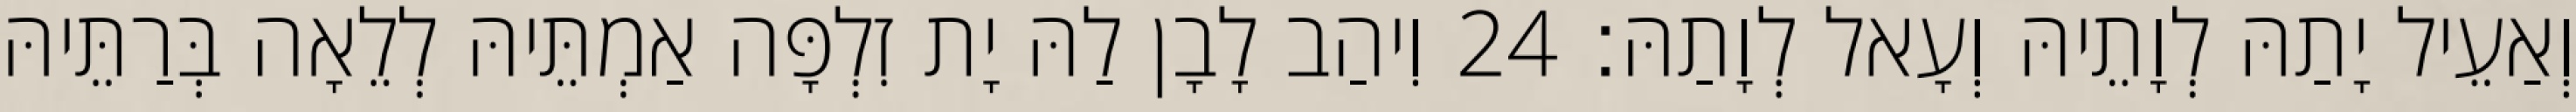
וְאַעֵיל יָתַהּ לְוָתֵיהּ וְעָאל לְוָתַהּ׃ 24 וִיהַב לָבָן לַהּ יָת זִלְפָּה אַמְתֵּיהּ לְלֵאָה בְּרַתֵּיהּ